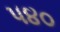
૫૪૦